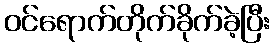
ဝင်ရောက်တိုက်ခိုက်ခဲ့ပြီး